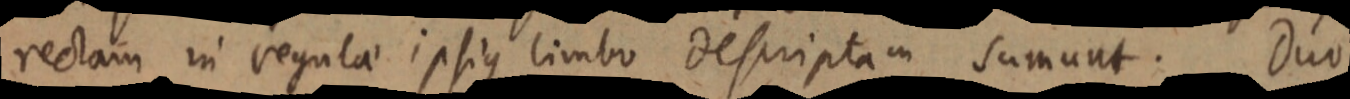
rectam in regulae ipsius limbo descriptam sumunt. Duo